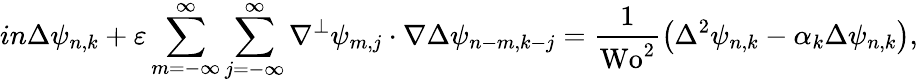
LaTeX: in\Delta\psi_{n,k}+\varepsilon\sum_{m=-\infty}^{\infty}\sum_{j=-\infty}^{\infty}\nabla^{\perp}\psi_{m,j}\cdot\nabla\Delta\psi_{n-m,k-j}=\frac{1}{\textrm{Wo}^{2}}\left(\Delta^{2}\psi_{n,k}-\alpha_{k}\Delta\psi_{n,k}\right),